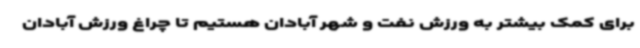
برای کمک بیشتر به ورزش نفت و شهر آبادان هستیم تا چراغ ورزش آبادان